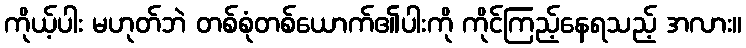
ကိုယ့်ပါး မဟုတ်ဘဲ တစ်စုံတစ်ယောက်၏ပါးကို ကိုင်ကြည့်နေရသည့် အလား။